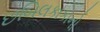
છબિલકાકાનો